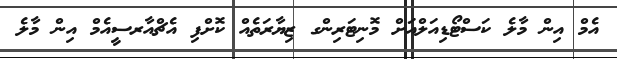
އެމް އިން މާލެ ކަސްޓޯޑިއަލްއަށް މޮނިޓަރިންގ ޒިޔާރަތެއް ކޮށްފި އެޗްއާރސީއެމް އިން މާލެ